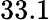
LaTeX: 33.1